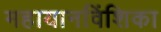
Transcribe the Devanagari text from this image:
महायानविंशिका